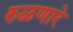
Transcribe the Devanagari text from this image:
रुळणारे